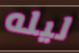
ليله